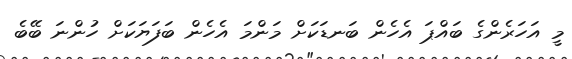
މީ އަހަރެންގެ ބައްޕަ އެހެން ބަނޑަކަށް މަންމަ އެހެން ބަފަޔަކަށް ހުންނަ ބޭބެ